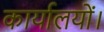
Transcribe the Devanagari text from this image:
कार्यालयों।